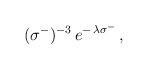
LaTeX: \begin{align*}\:(\sigma^{-})^{-3}\,e^{-\,\lambda \sigma^{-}} \,,\:\end{align*}